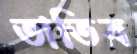
তাতিব